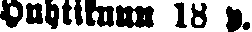
Huhtikuun 18 p.